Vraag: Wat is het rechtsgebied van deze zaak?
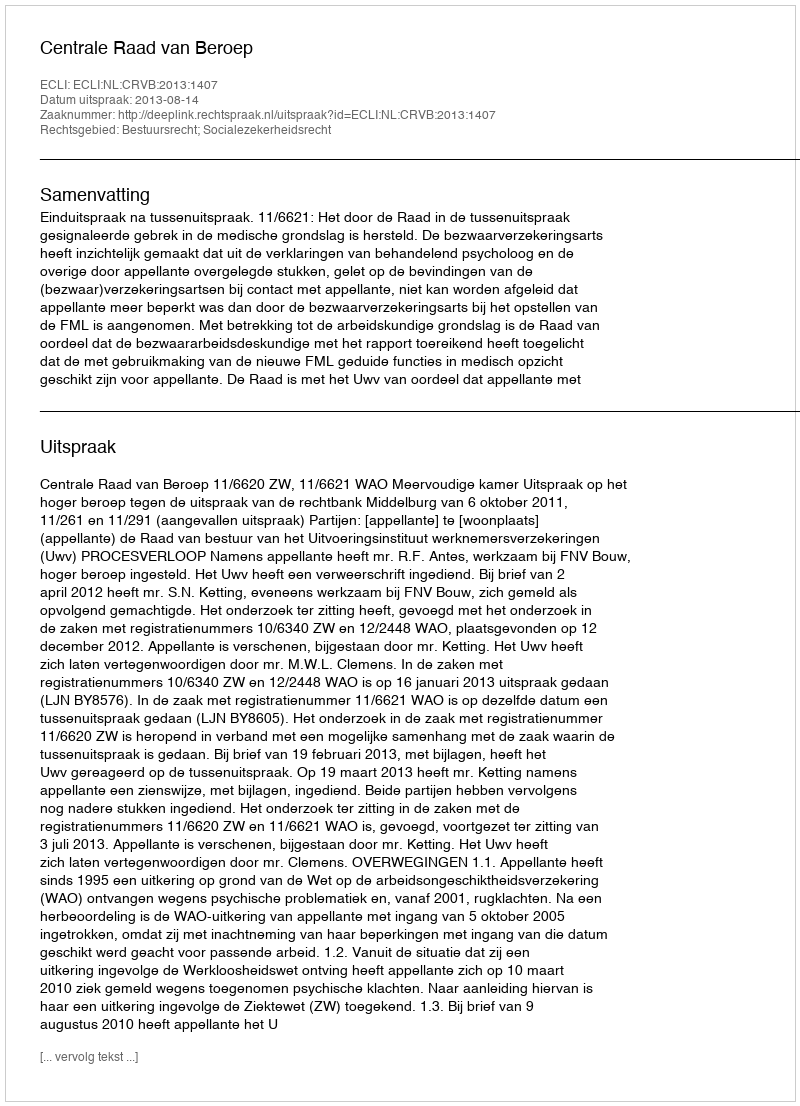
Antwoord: Bestuursrecht; Socialezekerheidsrecht